Annual report on the Civil Veterinary Department, Burma (including the Insein Veterinary School) - 1932-1941
Year: 1932
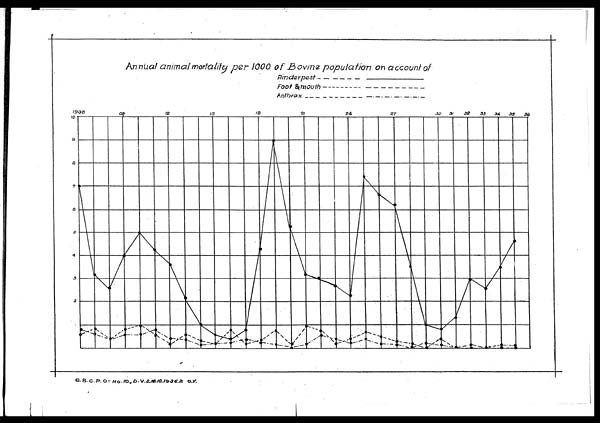
G.B.C.P.O; No. 10., D.V.S.16.10.19.36.2 O.V.